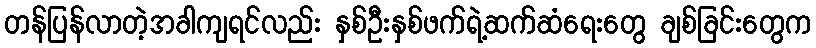
တန်ပြန်လာတဲ့အခါကျရင်လည်း နှစ်ဦးနှစ်ဖက်ရဲ့ဆက်ဆံရေးတွေ ချစ်ခြင်းတွေက